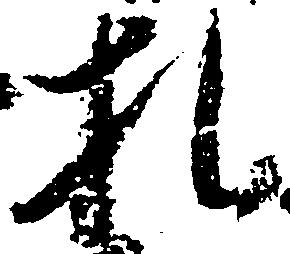
札